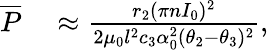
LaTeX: \begin{array}{rl}{\overline{P}}&{{}\approx\frac{r_{2}(\pi nI_{0})^{2}}{2\mu_{0}l^{2}c_{3}\alpha_{0}^{2}(\theta_{2}-\theta_{3})^{2}},}\end{array}